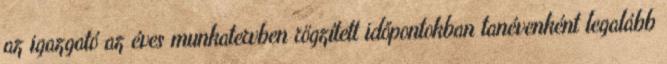
az igazgató az éves munkatervben rögzített időpontokban tanévenként legalább